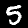
Label: 5